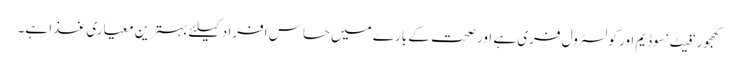
کھجور‘ فیٹ‘ سوڈیم اور کولسٹرول فری ہے اور صحت کے بارے میں حساس افراد کیلئے بہترین معیاری غذا ہے۔